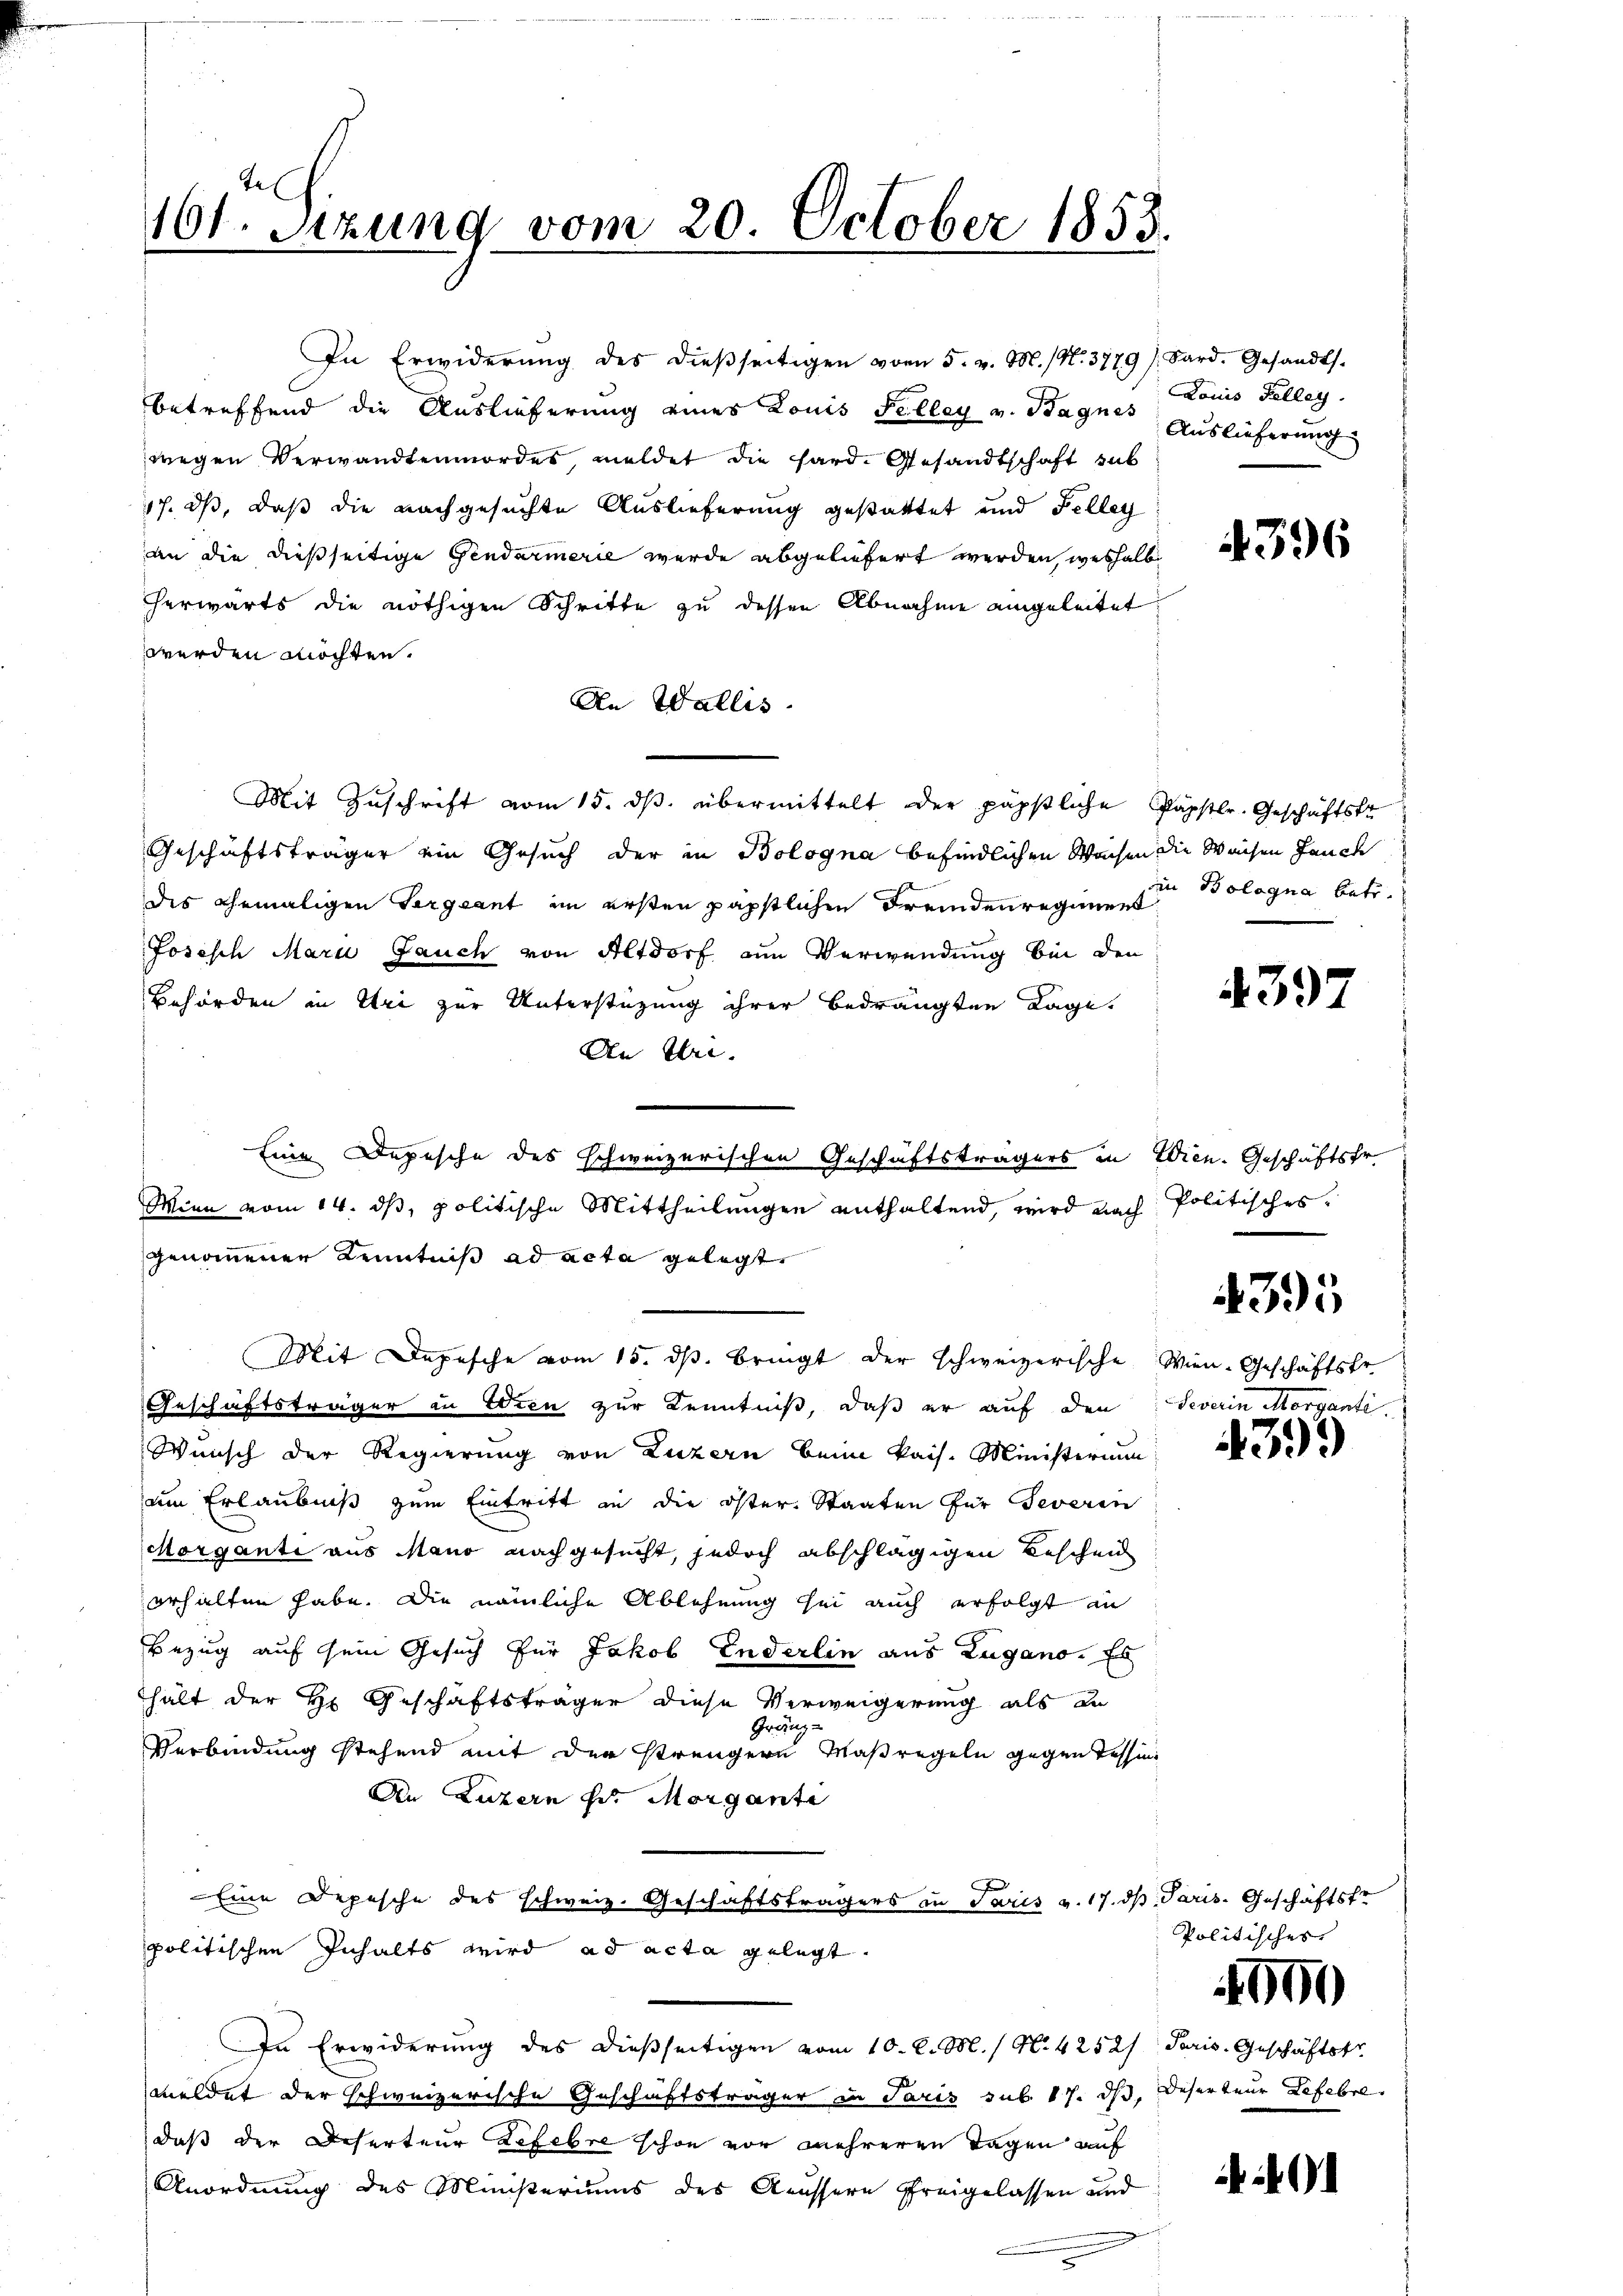
Je
161. Sizung vom 20. October 1853.

In Erwiderŭng des dieβseitigen vom 5. v. M. (N. 3779 / Sard. Gesandts.
betreffend die Auslieferung eines Louis Felly v. Bagnes Auslieferung
wegen Verwandtenmordes, meldet die Hard. Gesandtschaft sub
17. ds, daß die nachgesuchte Auslieferung gestattet und Felley
an die dießseitige Gendarmerie wurde abgeliefert werden, weshalb
herwärts die nöthigen Schritte zu dessen Abnahme eingeleitet
werden möchten.
An Wallis
Mit Zuschrift vom 15. ds. übermittelt der päpstliche
Geschäftsträger ein Gesuch der in Bologna befindlichen Wachen die Waisen Jauch
des ehemaligen Vergeant im ersten päpstlichen Fremdenregiment
Josisch Mari Jauch von Altdorf am Verwendung bei den
Behörden in Uri zur Unterstützung ihrer bedrängten Lage.
An bei.
Eine Depesche des schweizerischen Geschäftsträgers in Wien. Geschäftsfr.
Mien vom 14. ds, politische Mittheilungen enthaltend, wird nach
genommenen Kenntniß ad acta gelegt
Mit Depesche vom 15. ds. bringt der schweizerische Wien-Geschäftstr.
Geschäftsträger in Wien zur Kenntniß, daß er auf den Severin Morgante.
Wunsch der Regierung von Luzern beim kais. Ministerium
um Erlaubniß zum Eintritt in die öster. Staaten für Severin
Morgante aus Mano nachgesucht, jedoch abschlägigen Bescheid
erhalten habe. Die nämliche Ablehnung sei auch erfolgt an
Bezug auf sein Gesuch für Jakob Enderlin aus Zugano. Es
hält der Hr. Geschäftsträger diese Verweigerung als zu
Gränze
Verbindung stehend mit der strengern Maßregeln gegen Tessin
An Luzern zu. Morgante
Eine Depesche des schweiz. Geschäftsträgers in Paris v. 17. dh. Paris. Geschäftstr
politischen Inhalts wird ad acta gelegt.
In Erwiderung des dießseitigen vom 10. l. M. / N. 4252/ Paris. Geschäftst
meldet der schweizerische Geschäftsträger in Paris sub. 17. ds. Deserteur Lefebre
daß der Deserteur Refebre schon vor mehreren Tagen auf
Anordnung des Ministeriums des Aeussern freigelassen und

Louis Felleg

4396

Päpstlr. Geschäftste
on Bolagna betr.

4397

Politisches

395

399

Politisches

1000

i